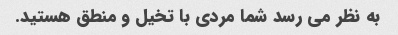
به نظر می رسد شما مردی با تخیل و منطق هستید.